Mental hospitals Bombay report 1921-28 - 1921-1928
Year: 1921
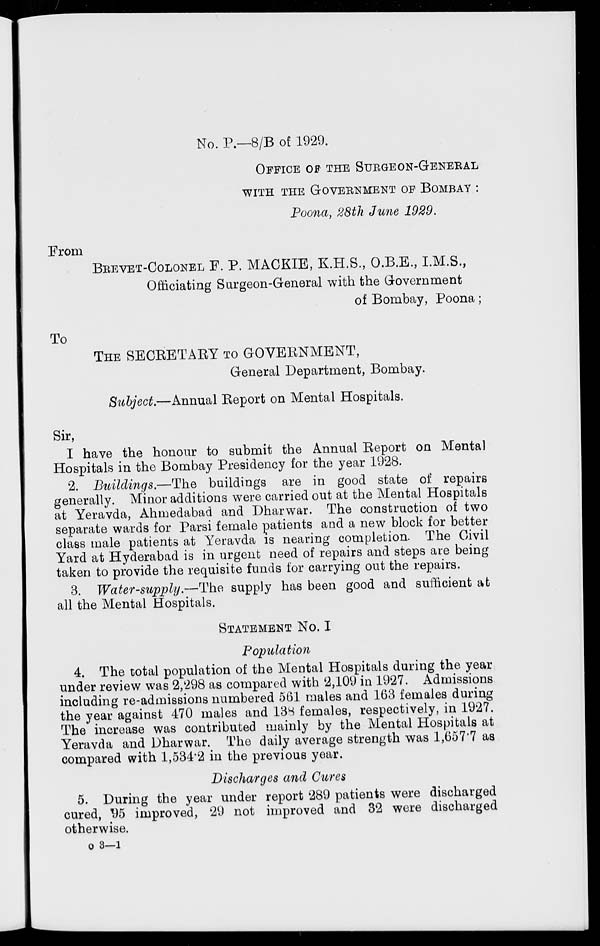
No. P.—8/B of 1929.
OFFICE OF THE SURGEON-GENERAL
WITH THE GOVERNMENT OF BOMBAY :
Poona, 28th June 1929.
From
BREVET-COLONEL F. P. MACKIE, K.H.S., O.B.E., I.M.S.,
Officiating Surgeon-General with the Government
of Bombay, Poona;
To
THE SECRETARY TO GOVERNMENT,
General Department, Bombay.
Subject.—Annual Report on Mental Hospitals.
Sir,
I have the honour to submit the Annual Report on Mental
Hospitals in the Bombay Presidency for the year 1928.
2. Buildings.—The
buildings are in good state of repairs
generally. Minor additions were carried out at the Mental Hospitals
at Yeravda, Ahmedabad and Dharwar. The construction of two
separate wards for Parsi female patients and a new block for better
class male patients at Yeravda is nearing completion. The Civil
Yard at Hyderabad is in urgent need of repairs and steps are being
taken to provide the requisite funds for carrying out the repairs.
3. Water-supply.—The supply has been good and sufficient at
all the Mental Hospitals.
STATEMENT No. I
Population
4. The total population of the Mental Hospitals during the year
under review was 2,298 as compared with 2,109 in 1927. Admissions
including re-admissions numbered 561 males and 163 females during
the year against 470 males and 138 females, respectively, in 1927.
The increase was contributed mainly by the Mental Hospitals at
Yeravda and Dharwar. The daily average strength was 1,657.7 as
compared with 1,534.2 in the previous year.
Discharges and Cures
5. During the year under report 289 patients were discharged
cured, 95 improved, 29 not improved and 32 were discharged
otherwise.
o 3—1